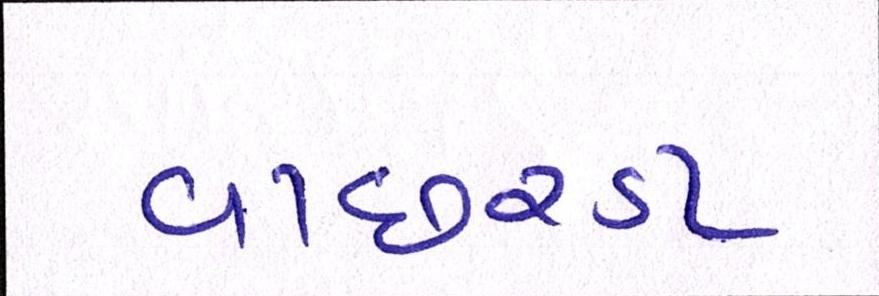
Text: વાછરડા